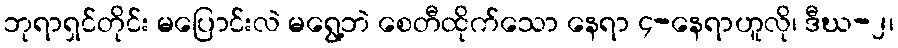
ဘုရာရှင်တိုင်း မပြောင်းလဲ မရွေ့ဘဲ စေတီထိုက်သော နေရာ ၄-နေရာဟူလို၊ ဒီဃ-၂၊